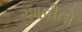
આવીતો